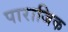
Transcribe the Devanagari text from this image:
पाराजिक